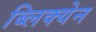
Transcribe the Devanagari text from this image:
ब्लिक्येन